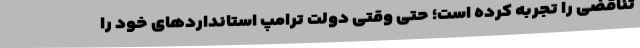
تناقضی را تجربه کرده است؛ حتی وقتی دولت ترامپ استانداردهای خود را